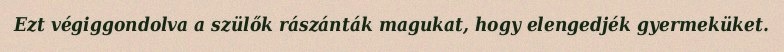
Ezt végiggondolva a szülők rászánták magukat, hogy elengedjék gyermeküket.